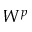
W ^ { p }